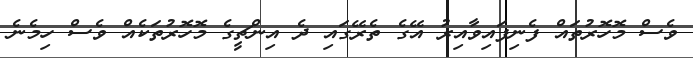
ވެސް މޮހޮރުތައް ފެނިފައިވާއިރު އޭގެ ތެރޭގައި ދެ އިންޗީގެ މޮހޮރުތަކެއް ވެސް ހިމެނެ